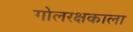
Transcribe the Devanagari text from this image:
गोलरक्षकाला